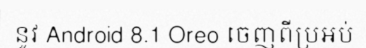
នូវ Android 8.1 Oreo ចេញពីប្រអប់